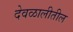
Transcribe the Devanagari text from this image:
देवळालीतील